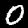
Digit: 0